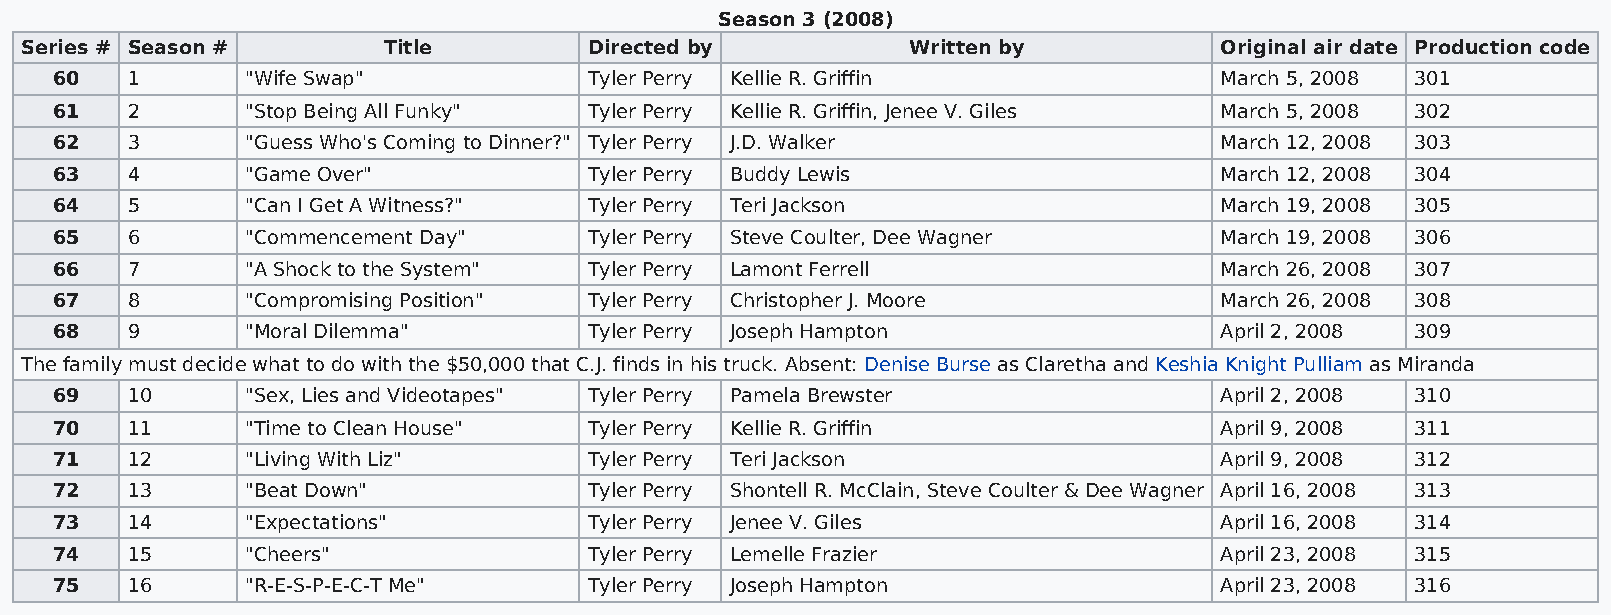
Season 3 (2008)
 Series # Season #       Title         Directed by          Written by           Original air date Production code
 60   1       "Wife Swap"            Tyler Perry Kellie R. Griffin             March 5, 2008 301
 61   2       "Stop Being All Funky" Tyler Perry Kellie R. Griffin, Jenee V. Giles March 5, 2008 302
 62   3       "Guess Who's Coming to Dinner?" Tyler Perry J.D. Walker          March 12, 2008 303
 63   4       "Game Over"            Tyler Perry Buddy Lewis                   March 12, 2008 304
 64   5       "Can I Get A Witness?" Tyler Perry Teri Jackson                  March 19, 2008 305
 65   6       "Commencement Day"     Tyler Perry Steve Coulter, Dee Wagner     March 19, 2008 306
 66   7       "A Shock to the System" Tyler Perry Lamont Ferrell               March 26, 2008 307
 67   8       "Compromising Position" Tyler Perry Christopher J. Moore         March 26, 2008 308
 68   9       "Moral Dilemma"        Tyler Perry Joseph Hampton                April 2, 2008 309
 The family must decide what to do with the $50,000 that C.J. finds in his truck. Absent: Denise Burse as Claretha and Keshia Knight Pulliam as Miranda
 69   10      "Sex, Lies and Videotapes" Tyler Perry Pamela Brewster           April 2, 2008 310
 70   11      "Time to Clean House"  Tyler Perry Kellie R. Griffin             April 9, 2008 311
 71   12      "Living With Liz"      Tyler Perry Teri Jackson                  April 9, 2008 312
 72   13      "Beat Down"            Tyler Perry Shontell R. McClain, Steve Coulter & Dee Wagner April 16, 2008 313
 73   14      "Expectations"         Tyler Perry Jenee V. Giles                April 16, 2008 314
 74   15      "Cheers"               Tyler Perry Lemelle Frazier               April 23, 2008 315
 75   16      "R-E-S-P-E-C-T Me"     Tyler Perry Joseph Hampton                April 23, 2008 316